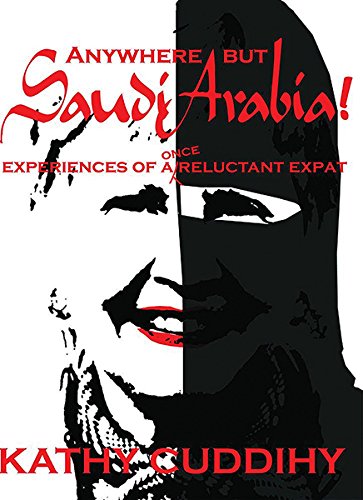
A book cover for Anywhere But Saudi Arabia: Experiences of a Once Reluctant Expat; Kathy Cuddihy; History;